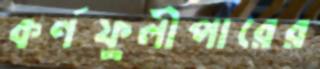
কর্ণফুলীপারের